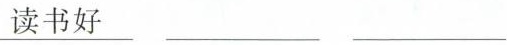
读书好 ___ ___